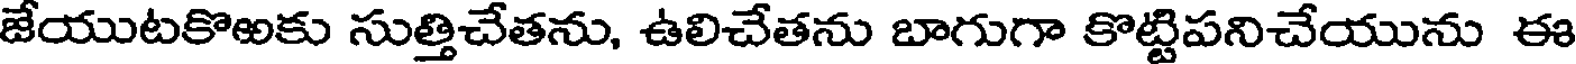
జేయుటకొఱకు సుత్తిచేతను, ఉలిచేతను బాగుగా కొట్టిపనిచేయును ఈ